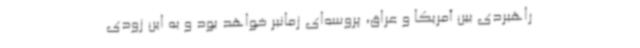
راهبردی بین آمریکا و عراق، پروسه‌ای زمانبر خواهد بود و به این زودی